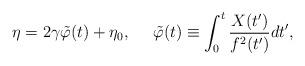
LaTeX: \begin{align*}\eta =2\gamma \tilde{\varphi}(t)+\eta_{0}, ~~~~\tilde{\varphi}(t) \equiv \int_{0}^{t} \frac{X(t^{\prime})}{f^{2}(t^{\prime})}d t^{\prime} ,\end{align*}